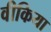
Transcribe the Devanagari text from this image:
वीकिया